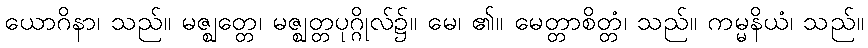
ယောဂိနာ၊ သည်။ မဇ္ဈတ္တေ၊ မဇ္ဈတ္တပုဂ္ဂိုလ်၌။ မေ၊ ၏။ မေတ္တာစိတ္တံ၊ သည်။ ကမ္မနိယံ၊ သည်။